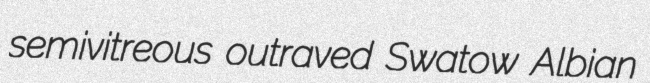
semivitreous outraved Swatow Albian